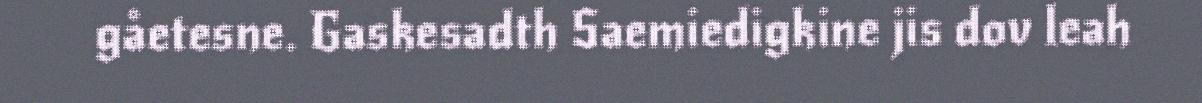
gåetesne. Gaskesadth Saemiedigkine jis dov leah